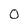
Character: 0